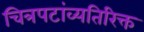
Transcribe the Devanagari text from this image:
चित्रपटांव्यतिरिक्त